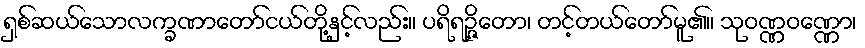
ရှစ်ဆယ်သောလက္ခဏာတော်ငယ်တို့နှင့်လည်း။ ပရိရဉ္ဇိတော၊ တင့်တယ်တော်မူ၏။ သုဝဏ္ဏဝဏ္ဏော၊